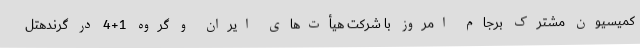
کمیسیون مشترک برجام امروز با شرکت هیأت‌های ایران و گروه 1+4 در گرندهتل